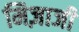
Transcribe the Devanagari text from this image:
मिज़ाजी